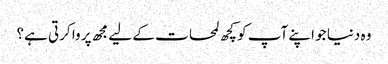
وہ دنیا جو اپنے آپ کو کچھ لمحات کے لیے مجھ پر وا کرتی ہے؟